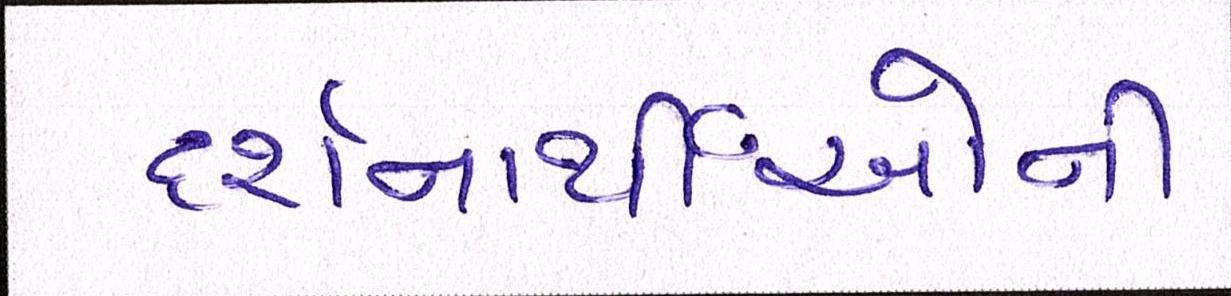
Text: દર્શનાર્થીઓની